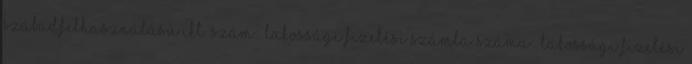
szabadfelhasználású Ikt. szám:. Lakossági fizetési számla száma:. LAKOSSÁGI FIZETÉSI